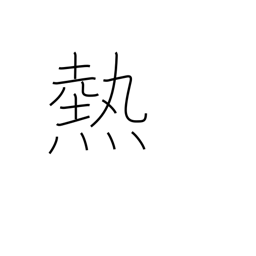
Meaning: passion